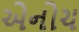
એનોચ